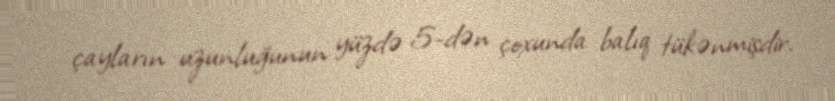
çayların uzunluğunun yüzdə 5-dən çoxunda balıq tükənmişdir.